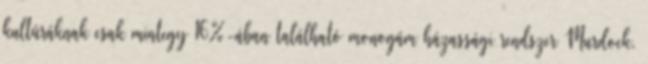
kultúráknak csak mintegy 16%-ában található monogám házassági rendszer Murdock,